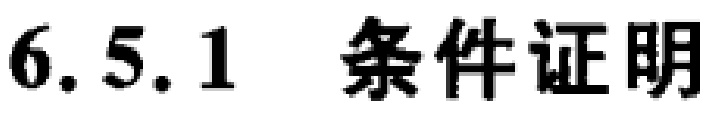
6.5.1 条件证明